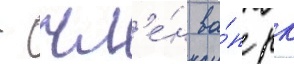
- чл'е́н ва́п рк